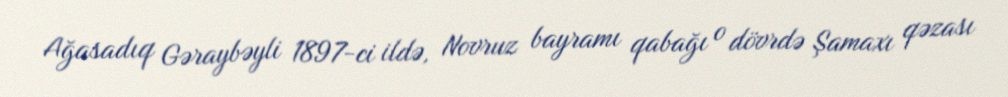
Ağasadıq Gəraybəyli 1897-ci ildə, Novruz bayramı qabağı o dövrdə Şamaxı qəzası